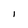
Character: l